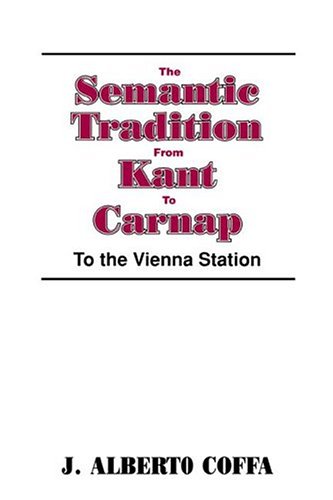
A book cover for The Semantic Tradition from Kant to Carnap: To the Vienna Station; J. Alberto Coffa; Reference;